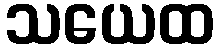
သယေထ